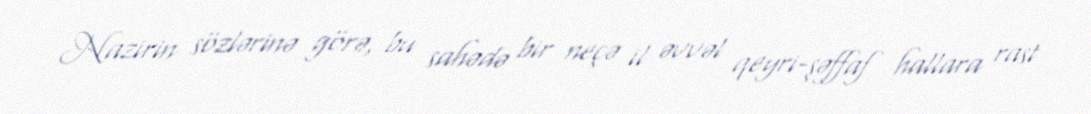
Nazirin sözlərinə görə, bu sahədə bir neçə il əvvəl qeyri-şəffaf hallara rast